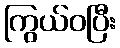
ကြွယ်ဝပြီး